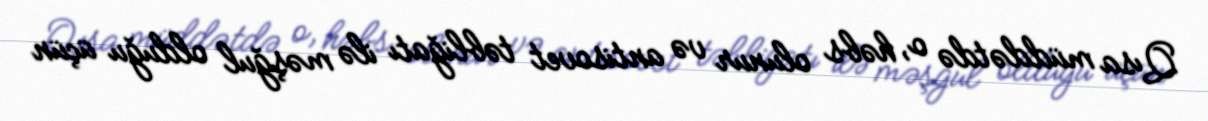
Qısa müddətdə o, həbs olunur və antisovet təbliğatı ilə məşğul olduğu üçün